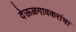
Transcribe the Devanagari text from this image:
देऊळगावकरांचा